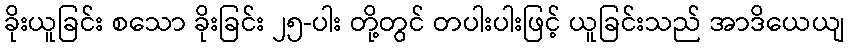
ခိုးယူခြင်း စသော ခိုးခြင်း ၂၅-ပါး တို့တွင် တပါးပါးဖြင့် ယူခြင်းသည် အာဒိယေယျ